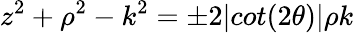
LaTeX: z^{2}+\rho^{2}-k^{2}=\pm 2\vert cot(2\theta)\vert\rho k